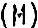
(M)